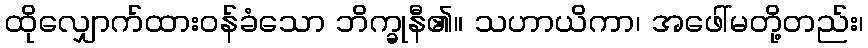
ထိုလျှောက်ထားဝန်ခံသော ဘိက္ခုနီ၏။ သဟာယိကာ၊ အဖေါ်မတို့တည်း၊